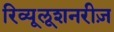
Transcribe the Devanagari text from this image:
रिव्यूलूशनरीज़